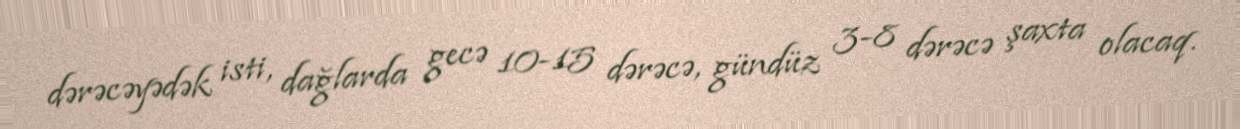
dərəcəyədək isti, dağlarda gecə 10-15 dərəcə, gündüz 3-8 dərəcə şaxta olacaq.